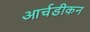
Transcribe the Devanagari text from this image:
आर्चडीकन